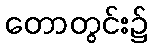
တောတွင်း၌